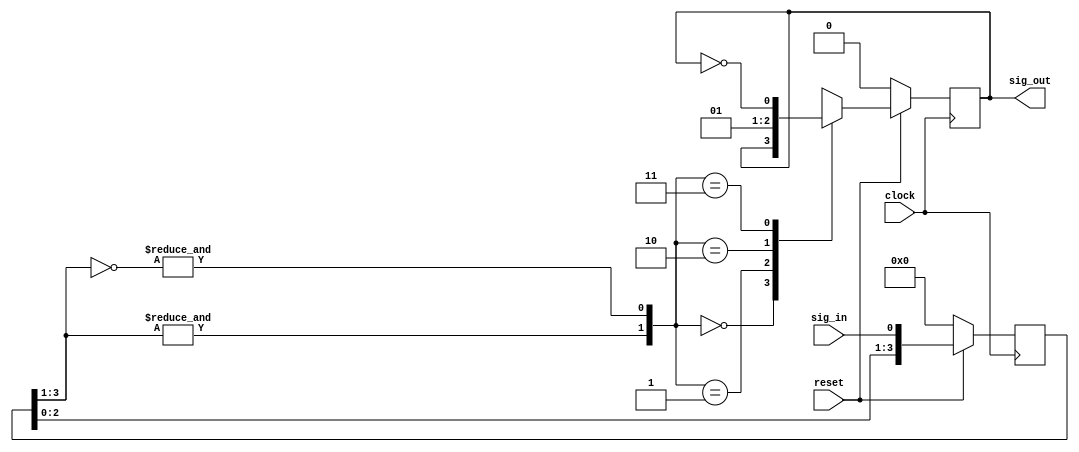

`timescale 1 ns / 1 ns

module filter(sig_out, clock, reset, sig_in);
  output reg sig_out;
  input clock, reset, sig_in;
  reg [3:0] t;
  wire j, k;
  
  always @ (posedge clock)
  begin
    if(~reset)t = 4'b0;
    else t = {t[2:0], sig_in};
  end
  
  always @ (posedge clock)
  begin
    if(~reset)sig_out = 1'b0;
    else
      case({j, k})
        2'b00:;
        2'b01:sig_out = 1'b0;
        2'b10:sig_out = 1'b1;
        2'b11:sig_out = ~sig_out;
        default:sig_out = 1'bx;
      endcase
  end
  
  assign j = &t[3:1];
  assign k = &(~t[3:1]);
endmodule